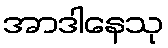
အာဒါနေသု